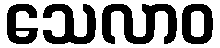
သေလာဝ